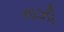
નાઝી